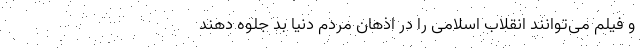
و فیلم می‌توانند انقلاب اسلامی را در اذهان مردم دنیا بد جلوه دهند